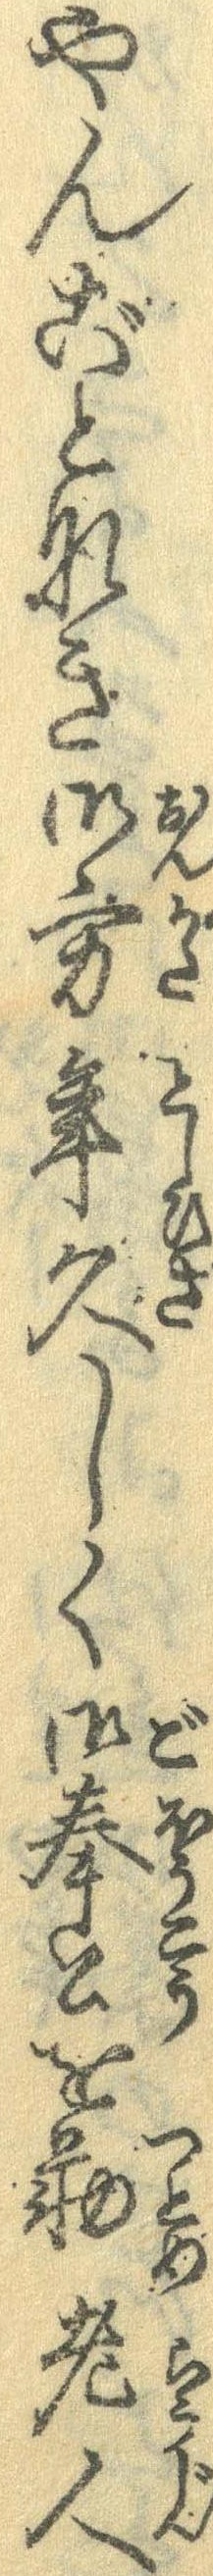
やんごとなき御方年久しく御奉公を勤老人